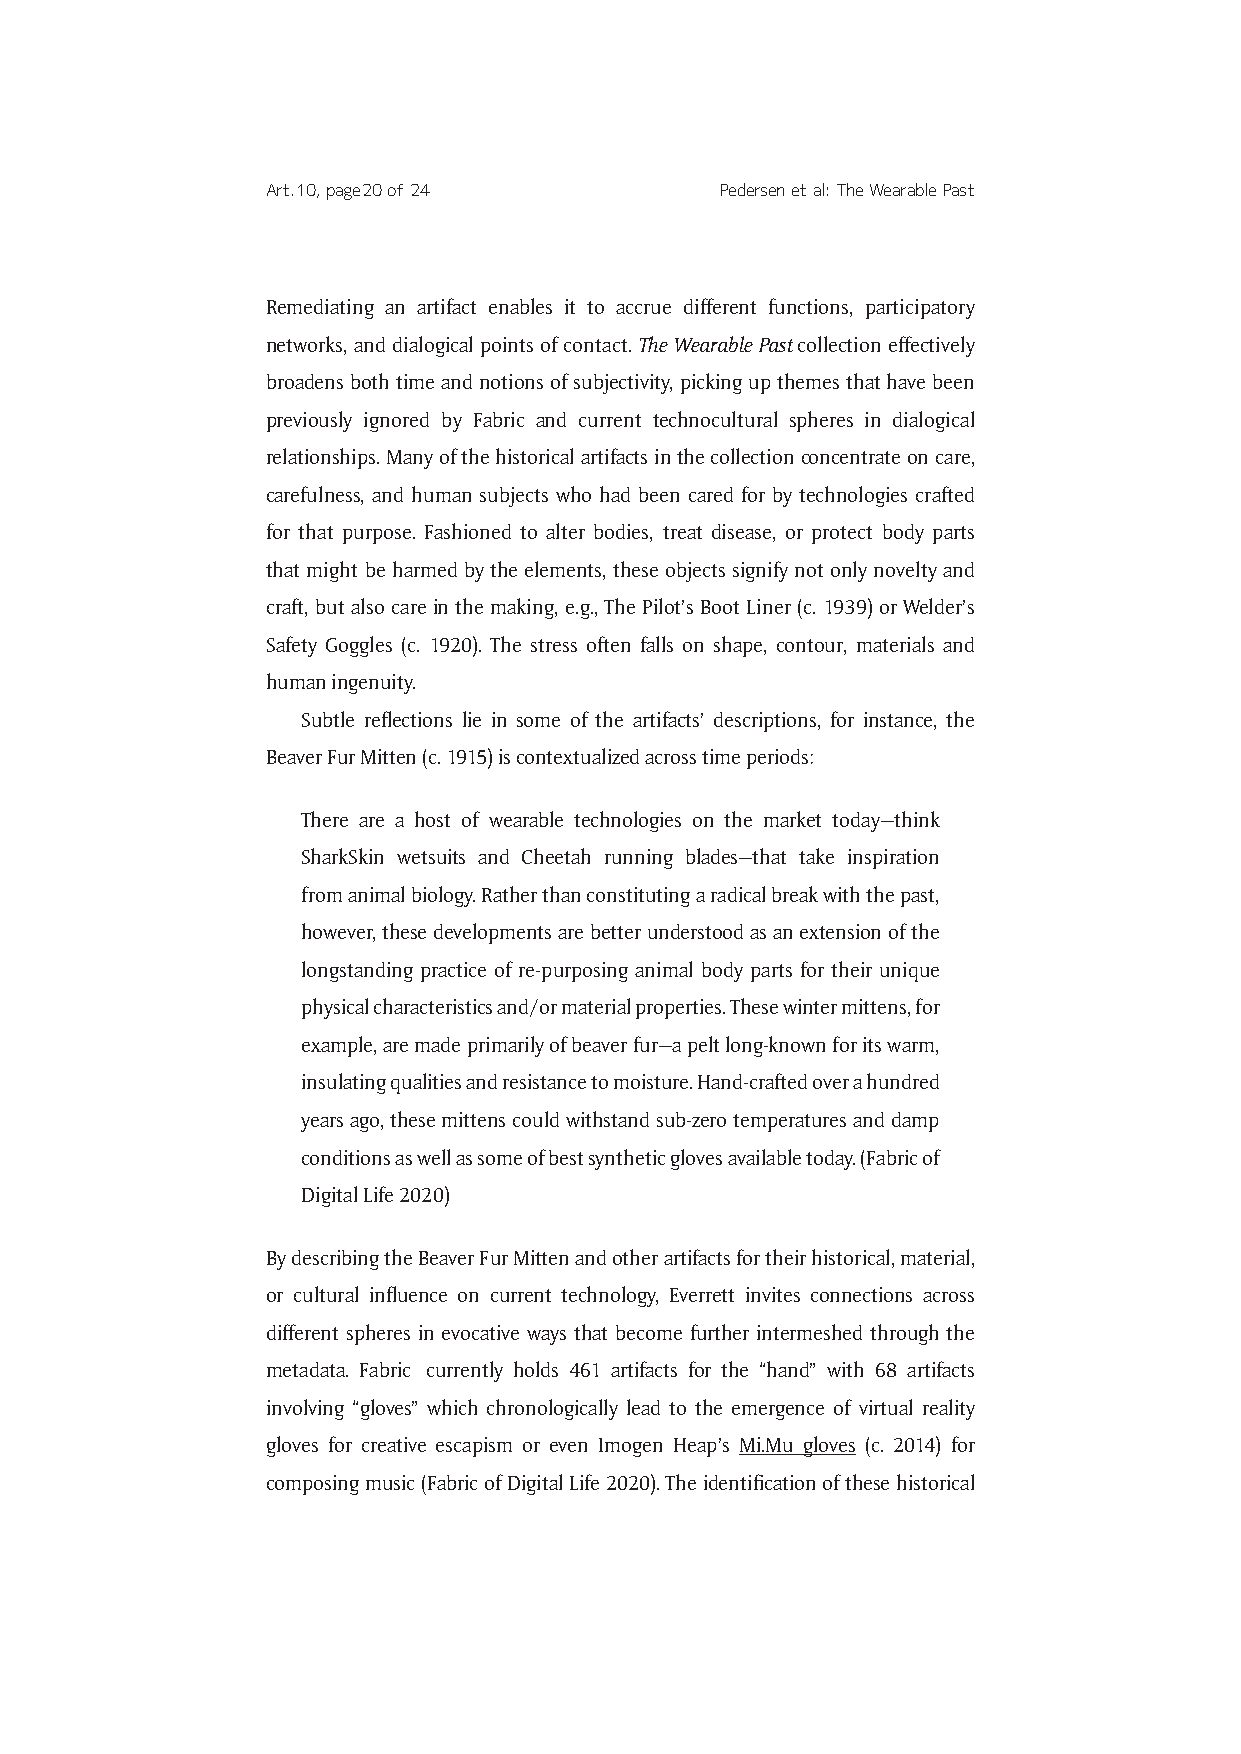
Art. 10, page 20 of 24        Pedersen et al: The Wearable Past
 Remediating an artifact enables it to accrue different functions, participatory
 networks, and dialogical points of contact. The Wearable Past collection effectively
 broadens both time and notions of subjectivity, picking up themes that have been
 previously ignored by Fabric and current technocultural spheres in dialogical
 relationships. Many of the historical artifacts in the collection concentrate on care,
 carefulness, and human subjects who had been cared for by technologies crafted
 for that purpose. Fashioned to alter bodies, treat disease, or protect body parts
 that might be harmed by the elements, these objects signify not only novelty and
 craft, but also care in the making, e.g., The Pilot’s Boot Liner (c. 1939) or Welder’s
 Safety Goggles (c. 1920). The stress often falls on shape, contour, materials and
 human ingenuity.
 Subtle reflections lie in some of the artifacts’ descriptions, for instance, the
 Beaver Fur Mitten (c. 1915) is contextualized across time periods:
 There are a host of wearable technologies on the market today—think
 SharkSkin wetsuits and Cheetah running blades—that take inspiration
 from animal biology. Rather than constituting a radical break with the past,
 however, these developments are better understood as an extension of the
 longstanding practice of re-purposing animal body parts for their unique
 physical characteristics and/or material properties. These winter mittens, for
 example, are made primarily of beaver fur—a pelt long-known for its warm,
 insulating qualities and resistance to moisture. Hand-crafted over a hundred
 years ago, these mittens could withstand sub-zero temperatures and damp
 conditions as well as some of best synthetic gloves available today. (Fabric of
 Digital Life 2020)
 By describing the Beaver Fur Mitten and other artifacts for their historical, material,
 or cultural influence on current technology, Everrett invites connections across
 different spheres in evocative ways that become further intermeshed through the
 metadata. Fabric currently holds 461 artifacts for the “hand” with 68 artifacts
 involving “gloves” which chronologically lead to the emergence of virtual reality
 gloves for creative escapism or even Imogen Heap’s Mi.Mu gloves (c. 2014) for
 composing music (Fabric of Digital Life 2020). The identification of these historical